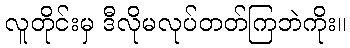
လူတိုင်းမှ ဒီလိုမလုပ်တတ်ကြဘဲကိုး။